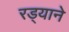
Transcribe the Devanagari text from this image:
रड्याने